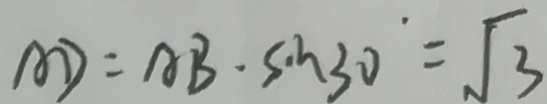
A D = A B \cdot \sin 3 0 ^ { \cdot } = \sqrt { 3 }